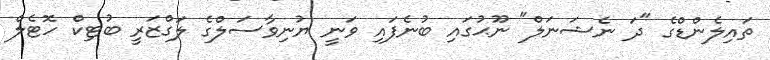
ތައިލެންޑްގެ "ދަ ނެޝަނަލް" ނޫޙުގައި ބުނެފައި ވަނީ ޔުނިވާސަލްގެ ލަގްޒަރީ ބުޓިކް ހޮޓެލް